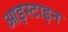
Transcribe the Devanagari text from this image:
आइस्टाइन